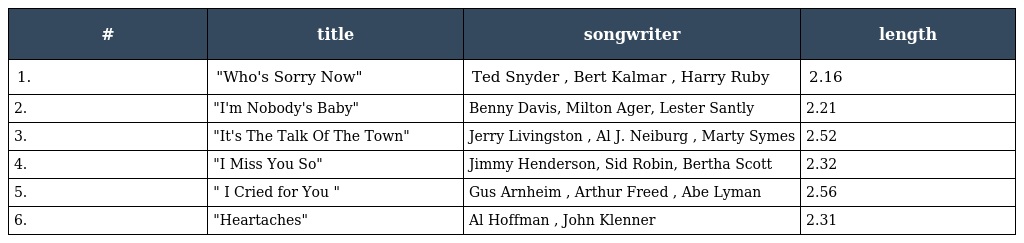
| # | title | songwriter | length |
 | --- | --- | --- | --- |
 | 1. | "Who's Sorry Now" | Ted Snyder , Bert Kalmar , Harry Ruby | 2.16 |
 | 2. | "I'm Nobody's Baby" | Benny Davis, Milton Ager, Lester Santly | 2.21 |
 | 3. | "It's The Talk Of The Town" | Jerry Livingston , Al J. Neiburg , Marty Symes | 2.52 |
 | 4. | "I Miss You So" | Jimmy Henderson, Sid Robin, Bertha Scott | 2.32 |
 | 5. | " I Cried for You " | Gus Arnheim , Arthur Freed , Abe Lyman | 2.56 |
 | 6. | "Heartaches" | Al Hoffman , John Klenner | 2.31 |